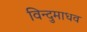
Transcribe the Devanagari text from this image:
विन्दुमाधव